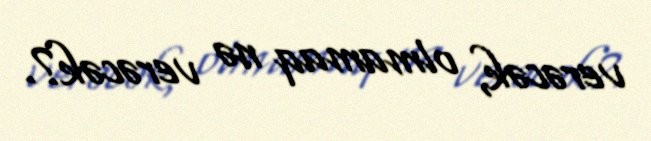
verəcək, olmamaq nə verəcək?.